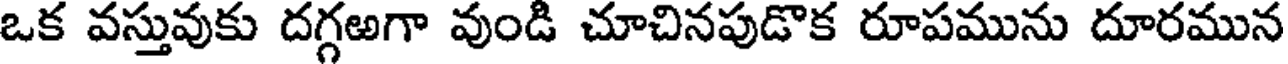
ఒక వస్తువుకు దగ్గఱగా వుండి చూచినపుడొక రూపమును దూరమున